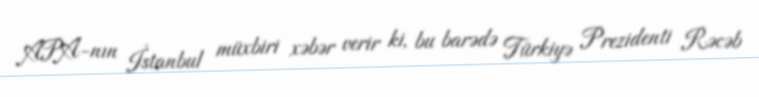
APA-nın İstanbul müxbiri xəbər verir ki, bu barədə Türkiyə Prezidenti Rəcəb